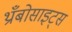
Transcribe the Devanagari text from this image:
थ्राँबोसाइट्स